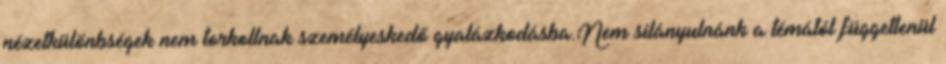
nézetkülönbségek nem torkollnak személyeskedő gyalázkodásba.Nem silányulnánk a témától függetlenül